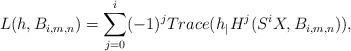
LaTeX: \begin{align*} L(h,B_{i,m,n} )=\sum_{j=0}^{i} (-1)^{j} Trace(h_{\mid_{}}{{ H^j(S^{i}X,B_{i,m,n}) }}), \end{align*}